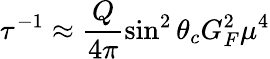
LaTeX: \tau^{-1}\approx\frac{Q}{4\pi}\sin^{2}\theta_{c}G_{F}^{2}\mu^{4}